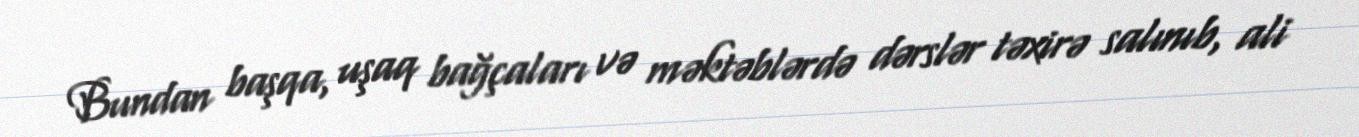
Bundan başqa, uşaq bağçaları və məktəblərdə dərslər təxirə salınıb, ali